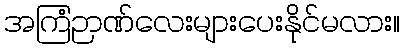
အကြံဉာဏ်လေးများပေးနိုင်မလား။